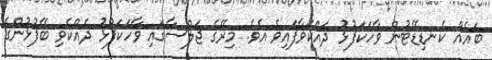
ބައެއް ކެނޑިޑޭޓުން ވާހަކަފުޅު ދައްކަވާފައިވެ އެވެ. މިރޭގެ ޖަލްސާގައި ވާހަކަފުޅު ދެއްކެވި ބޭފުޅުންގެ